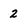
Character: 2